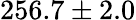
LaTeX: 256.7\pm 2.0